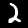
Digit: 2